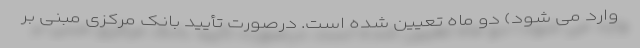
وارد می شود) دو ماه تعیین شده است. درصورت تأیید بانک مرکزی مبنی بر